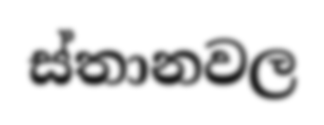
ස්තානවල